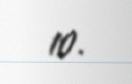
10.